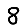
Digit: 8